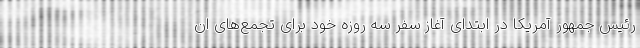
رئیس جمهور آمریکا در ابتدای آغاز سفر سه روزه خود برای تجمع‌های ان